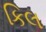
કિલ